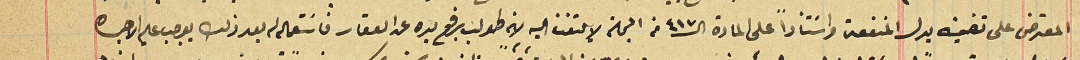
المعترض على تضمينه بدل المنفعة واسَتناداً على المادة الـ٤١٧ من المجلة لا تلتفت اليه لانه طولب برفع يده عن العقار فاسَتعماله له بعد ذلك يوجب علم الاجره